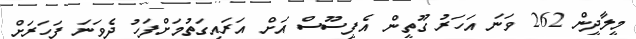
މީލާދީން 262 ވަނަ އަހަރު ގޫތީން އެފީސޫސް އަށް އަރައިގަތުމަށްފަހު ދެވަނަ ފަހަރަށް